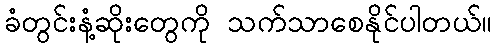
ခံတွင်းနံ့ဆိုးတွေကို သက်သာစေနိုင်ပါတယ်။